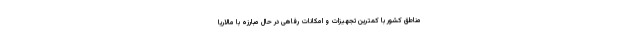
مناطق کشور با کمترین تجهیزات و امکانات رفاهی در حال مبارزه با مالاریا